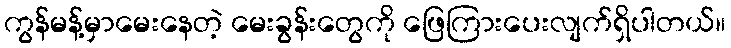
ကွန်မန့်မှာမေးနေတဲ့ မေးခွန်းတွေကို ဖြေကြားပေးလျက်ရှိပါတယ်။